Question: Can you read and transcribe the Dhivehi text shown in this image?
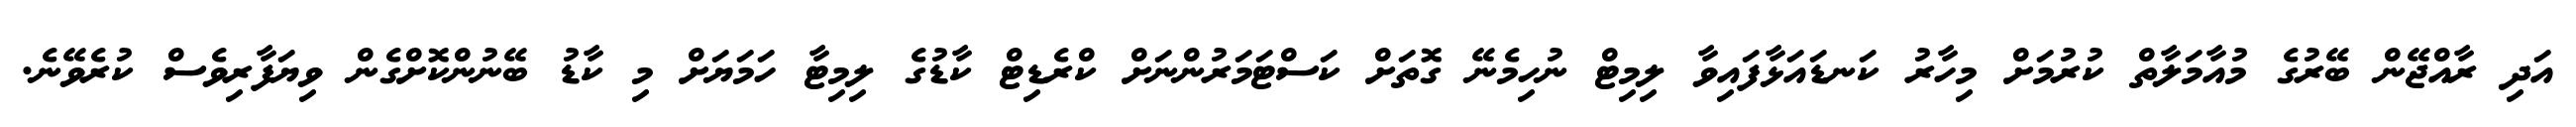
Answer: އަދި ރާއްޖޭން ބޭރުގެ މުއާމަލާތް ކުރުމަށް މިހާރު ކަނޑައަޅާފައިވާ ލިމިޓް ނުހިމެނޭ ގޮތަށް ކަސްޓަމަރުންނަށް ކްރެޑިޓް ކާޑުގެ ލިމިޓާ ހަމަޔަށް މި ކާޑު ބޭނުންކޮށްގެން ވިޔަފާރިވެސް ކުރެވޭނެ.